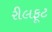
રીલફૂટ